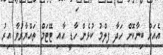
އެއަށް ބިނާކޮށް ހަދާ ފިލްމު ކުޅެން ހާޑީ އާއި ޓޭޓަމް ތައްޔާރުވާ އިރު